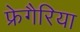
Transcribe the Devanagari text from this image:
फ्रेगैरिया